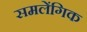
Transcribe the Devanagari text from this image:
समलेंगिक